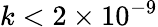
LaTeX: k<2\times 10^{-9}